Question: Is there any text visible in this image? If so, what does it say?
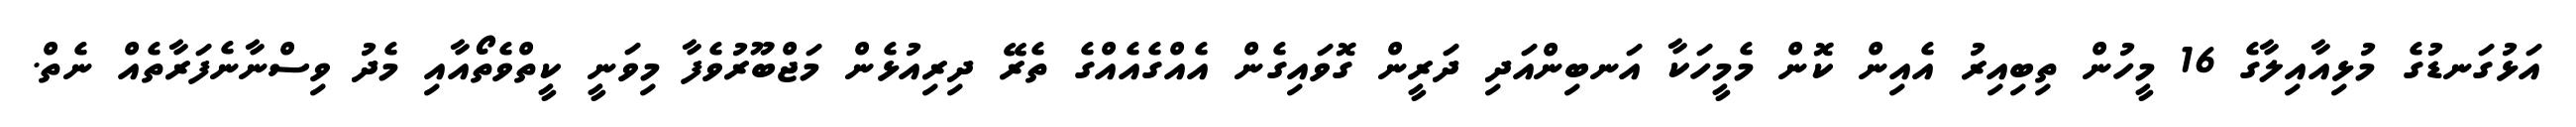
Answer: އަޅުގަނޑުގެ މުޅިއާއިލާގެ 16 މީހުން ތިބިއިރު އެއިން ކޮން މެމީހަކާ އަނބިންއަދި ދަރީން ގޮވައިގެން އެއްގެއެއްގެ ތެރޭ ދިރިއުޅެން މަޖްބޫރުވެފާ މިވަނީ ކީތްވެތޯއާއި މެދު ވިސްނާނެފަރާތެއް ނެތް.